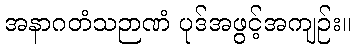
အနာဂတံသဉာဏံ ပုဒ်အဖွင့်အကျဉ်း။